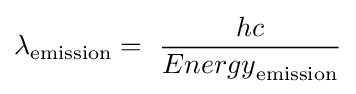
\lambda _{\text{emission}}=\ {\frac {hc}{{Energy}_{\text{emission}}}}